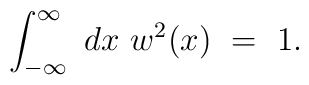
\int_{-\infty}^{\infty}~dx~w^2(x)~=~1.